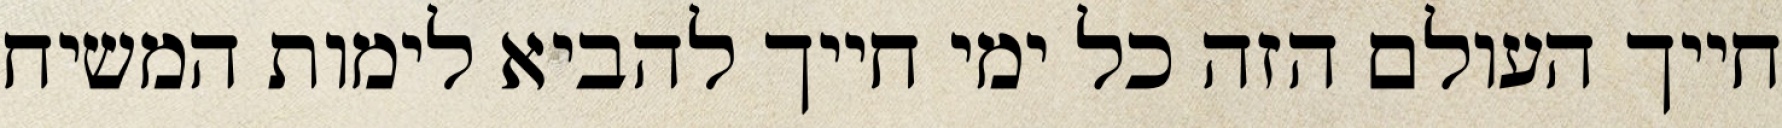
חייך העולם הזה כל ימי חייך להביא לימות המשיח